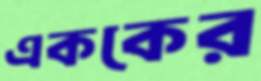
এককের